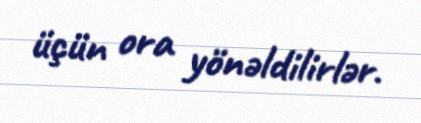
üçün ora yönəldilirlər.